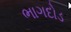
ભાગદોડ